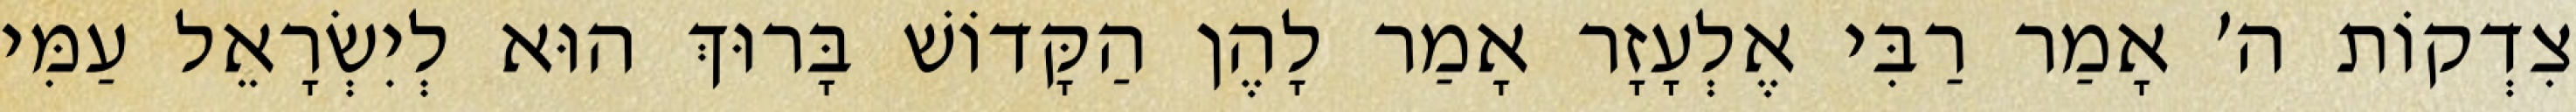
צִדְקוֹת ה׳ אָמַר רַבִּי אֶלְעָזָר אָמַר לָהֶן הַקָּדוֹשׁ בָּרוּךְ הוּא לְיִשְׂרָאֵל עַמִּי